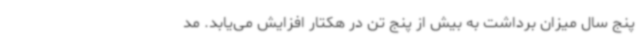
پنج سال میزان برداشت به بیش از پنج تن در هکتار افزایش می‌یابد. مد